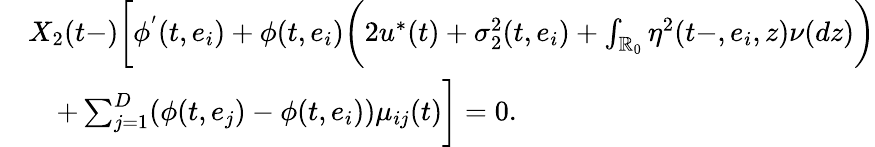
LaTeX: \begin{array}{rl}&{X_{2}(t-)\biggl[\phi^{'}(t,e_{i})+\phi(t,e_{i})\biggl(2u^{*}(t)+\sigma_{2}^{2}(t,e_{i})+\int_{\mathbb{R}_{0}}\eta^{2}(t-,e_{i},z)\nu(dz)\biggr)}\\ &{\quad+\sum_{j=1}^{D}(\phi(t,e_{j})-\phi(t,e_{i}))\mu_{ij}(t)\biggr]=0.}\end{array}